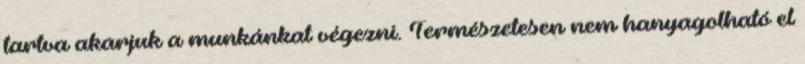
tartva akarjuk a munkánkat végezni. Természetesen nem hanyagolható el